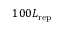
1 0 0 L _ { \mathrm { r e p } }